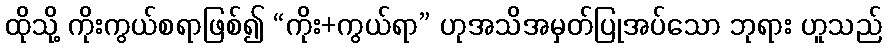
ထိုသို့ ကိုးကွယ်စရာဖြစ်၍ “ကိုး+ကွယ်ရာ” ဟုအသိအမှတ်ပြုအပ်သော ဘုရား ဟူသည်